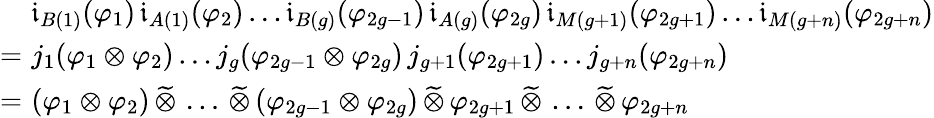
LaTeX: \begin{array}{rl}&{\mathfrak{i}_{B(1)}(\varphi_{1})\, \mathfrak{i}_{A(1)}(\varphi_{2})\ldots\mathfrak{i}_{B(g)}(\varphi_{2g-1})\, \mathfrak{i}_{A(g)}(\varphi_{2g})\, \mathfrak{i}_{M(g+1)}(\varphi_{2g+1})\ldots\mathfrak{i}_{M(g+n)}(\varphi_{2g+n})}\\ {=\! \! \! \! }&{j_{1}(\varphi_{1}\otimes\varphi_{2})\ldots j_{g}(\varphi_{2g-1}\otimes\varphi_{2g})\, j_{g+1}(\varphi_{2g+1})\ldots j_{g+n}(\varphi_{2g+n})}\\ {=\! \! \! \! }&{(\varphi_{1}\otimes\varphi_{2})\, \widetilde{\otimes}\, \ldots\, \widetilde{\otimes}\, (\varphi_{2g-1}\otimes\varphi_{2g})\, \widetilde{\otimes}\, \varphi_{2g+1}\, \widetilde{\otimes}\, \ldots\, \widetilde{\otimes}\, \varphi_{2g+n}}\end{array}